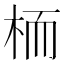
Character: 栭